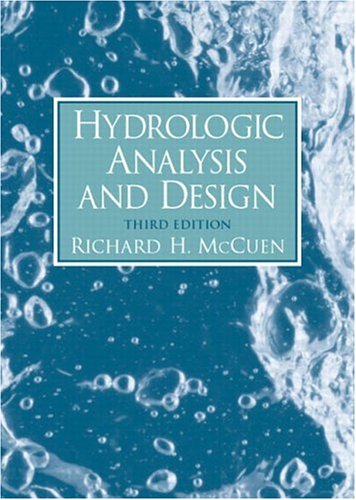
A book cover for Hydrologic Analysis and Design (3rd Edition); Richard H. McCuen; Science & Math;